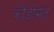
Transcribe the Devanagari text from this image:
कौडोमत